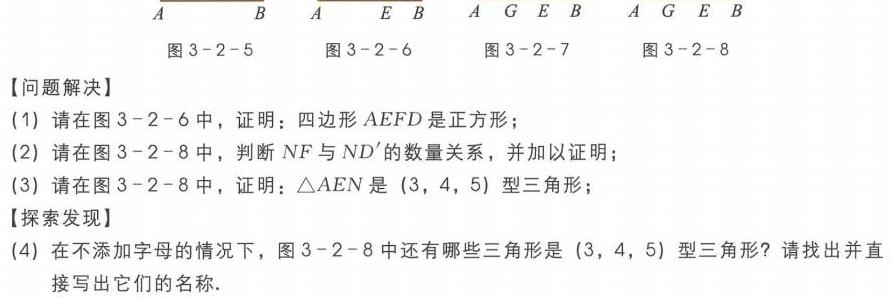
【问题解决】
(1) 请在图 3 - 2 - 6 中，证明：四边形 \(AEFD\) 是正方形；
(2) 请在图 3 - 2 - 8 中，判断 \(NF\) 与 \(ND'\) 的数量关系，并加以证明；
(3) 请在图 3 - 2 - 8 中，证明：\(\triangle AEN\) 是 \((3,4,5)\) 型三角形；
【探索发现】
(4) 在不添加字母的情况下，图 3 - 2 - 8 中还有哪些三角形是 \((3,4,5)\) 型三角形？请找出并直接写出它们的名称．